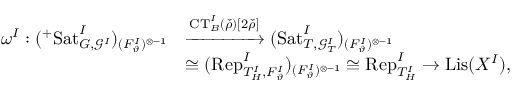
\begin{array} { r l } { \omega ^ { I } : ( ^ { + } \mathrm { S a t } _ { G , \mathscr G ^ { I } } ^ { I } ) _ { ( F _ { \vartheta } ^ { I } ) ^ { \otimes - 1 } } } & { \xrightarrow { \mathrm { C T } _ { B } ^ { I } ( \check { \rho } ) [ 2 \check { \rho } ] } ( \mathrm { S a t } _ { T , \mathscr G _ { T } ^ { I } } ^ { I } ) _ { ( F _ { \vartheta } ^ { I } ) ^ { \otimes - 1 } } } \\ & { \cong ( \mathrm { R e p } _ { T _ { H } ^ { I } , F _ { \vartheta } ^ { I } } ^ { I } ) _ { ( F _ { \vartheta } ^ { I } ) ^ { \otimes - 1 } } \cong \mathrm { R e p } _ { T _ { H } ^ { I } } ^ { I } \rightarrow \mathrm { L i s } ( X ^ { I } ) , } \end{array}